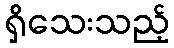
ရှိသေးသည့်